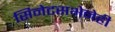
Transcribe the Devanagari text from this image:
सिनेटसभेनेही